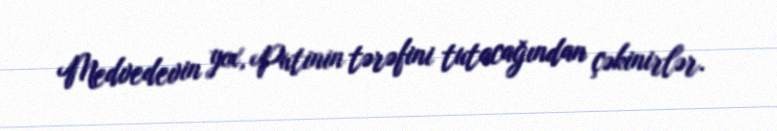
Medvedevin yox, Putinin tərəfini tutacağından çəkinirlər.